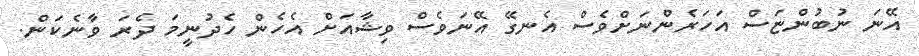
އޭނަ ނުބުންޏަސް އަހަރެންނަށްވެސް އެނގޭ އޭނަވެސް ވިޝާއަށް އެހެން ހެދުނީމަ ދެރަ ވާނެކަން.